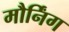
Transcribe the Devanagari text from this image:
मौर्निंग